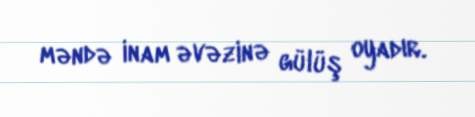
məndə inam əvəzinə gülüş oyadır.